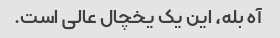
آه بله، این یک یخچال عالی است.